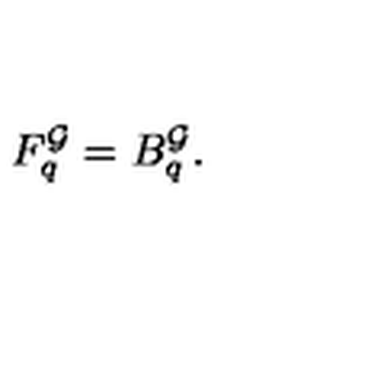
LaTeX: F _ { q } ^ { \cal G } = B _ { q } ^ { \cal G } .